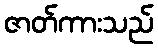
ဇာတ်ကားသည်